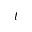
t